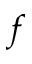
f